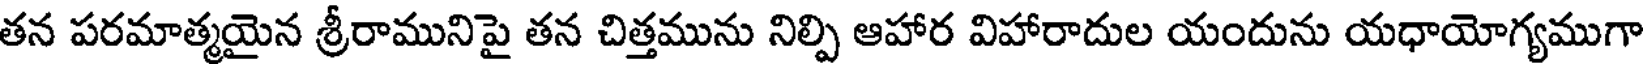
తన పరమాత్మయైన శ్రీరామునిపై తన చిత్తమును నిల్పి ఆహార విహారాదుల యందును యధాయోగ్యముగా